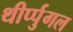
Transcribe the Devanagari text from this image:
थीर्प्पुगल